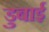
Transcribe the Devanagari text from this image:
डुबाई